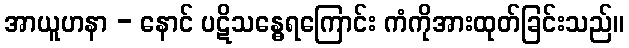
အာယူဟနာ - နောင် ပဋိသန္ဓေရကြောင်း ကံကိုအားထုတ်ခြင်းသည်။